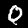
Label: 0